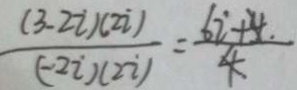
\frac { ( 3 - 2 i ) ( 2 i ) } { ( - 2 i ) ( 2 i ) } = \frac { 6 i + 4 . } { 4 . }